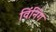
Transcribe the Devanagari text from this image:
विंनिंग